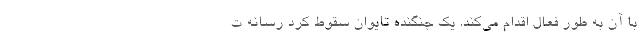
با آن به طور فعال اقدام می‌کند. یک جنگنده تایوان سقوط کرد رسانه ت